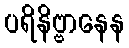
ပရိနိဗ္ဗာနေန